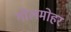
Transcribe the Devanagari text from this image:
गोलमोहर